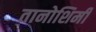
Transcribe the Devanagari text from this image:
तानोशिमी